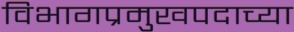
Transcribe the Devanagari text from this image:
विभागप्रमुखपदाच्या